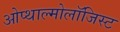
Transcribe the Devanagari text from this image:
ओप्थाल्मोलॉजिस्ट